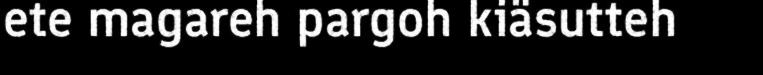
ete magareh pargoh kiäsutteh